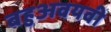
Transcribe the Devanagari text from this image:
बहुअवयवी